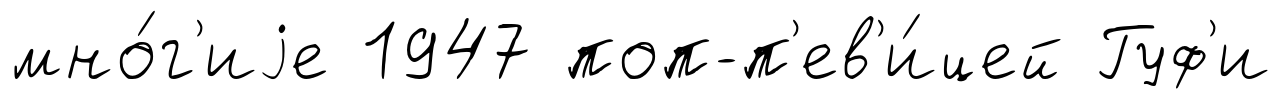
мно́г'иjе 1947 поп-п'ев'и́цей Гуф'и